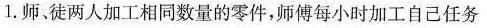
1.师、徒两人加工相同数量的零件，师傅每小时加工自己任务